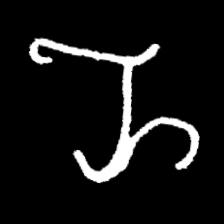
Pyu character \u2014 Myanmar letter: ည (romanized: nya)